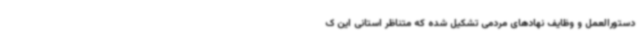
دستورالعمل و وظایف نهادهای مردمی تشکیل شده که متناظر استانی این ک